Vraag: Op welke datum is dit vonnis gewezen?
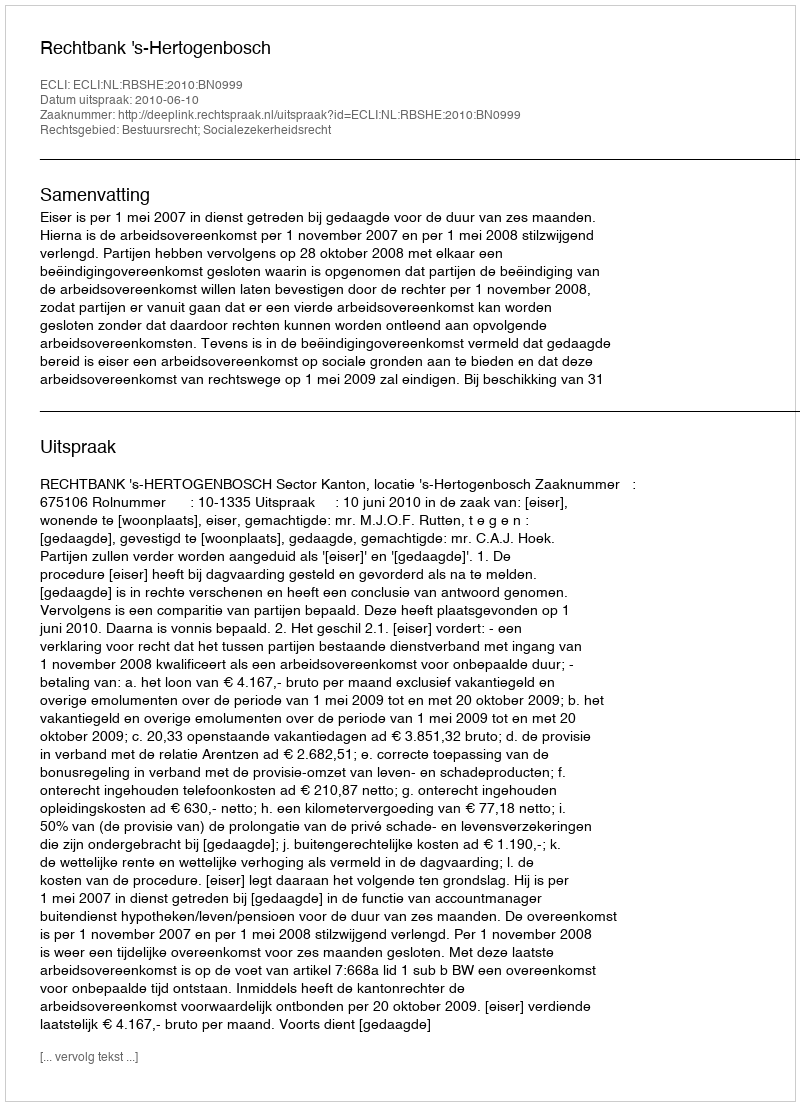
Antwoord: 2010-06-10